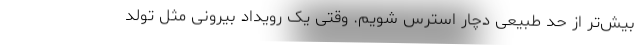
بیش‌تر از حد طبیعی دچار استرس شویم. وقتی یک رویداد بیرونی مثل تولد